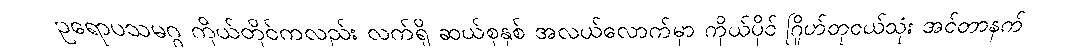
ဥရောပသမဂ္ဂ ကိုယ်တိုင်ကလည်း လက်ရှိ ဆယ်စုနှစ် အလယ်လောက်မှာ ကိုယ်ပိုင် ဂြိုဟ်တုငယ်သုံး အင်တာနက်